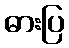
ဓားပြ